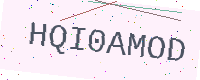
Text: HQI0AMOD